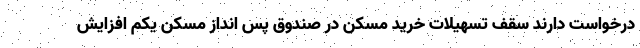
درخواست دارند سقف تسهیلات خرید مسکن در صندوق پس انداز مسکن یکم افزایش